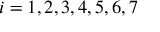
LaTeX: i = 1 , 2 , 3 , 4 , 5 , 6 , 7